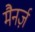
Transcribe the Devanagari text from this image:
मैनर्ज़